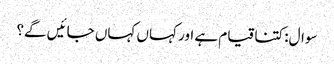
سوال:کتنا قیام ہے اور کہاں کہاں جائیں گے؟